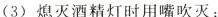
(3)熄灭酒精灯时用嘴吹灭：